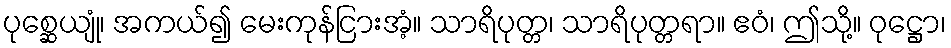
ပုစ္ဆေယျုံ၊ အကယ်၍ မေးကုန်ငြားအံ့။ သာရိပုတ္တ၊ သာရိပုတ္တရာ။ ဧဝံ၊ ဤသို့။ ဝုဋ္ဌော၊